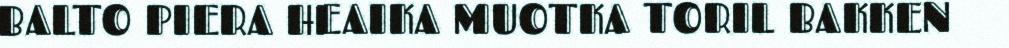
BALTO PIERA HEAIKA MUOTKA TORIL BAKKEN